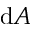
\mathrm { d } A